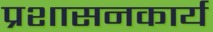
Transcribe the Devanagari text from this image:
प्रशासनकार्य